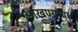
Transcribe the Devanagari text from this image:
आखण्याचा